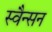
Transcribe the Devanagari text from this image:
स्वैन्सन